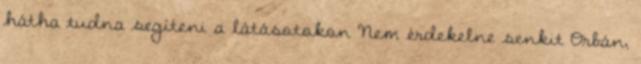
hátha tudna segíteni a látásotokon Nem érdekelne senkit Orbán,